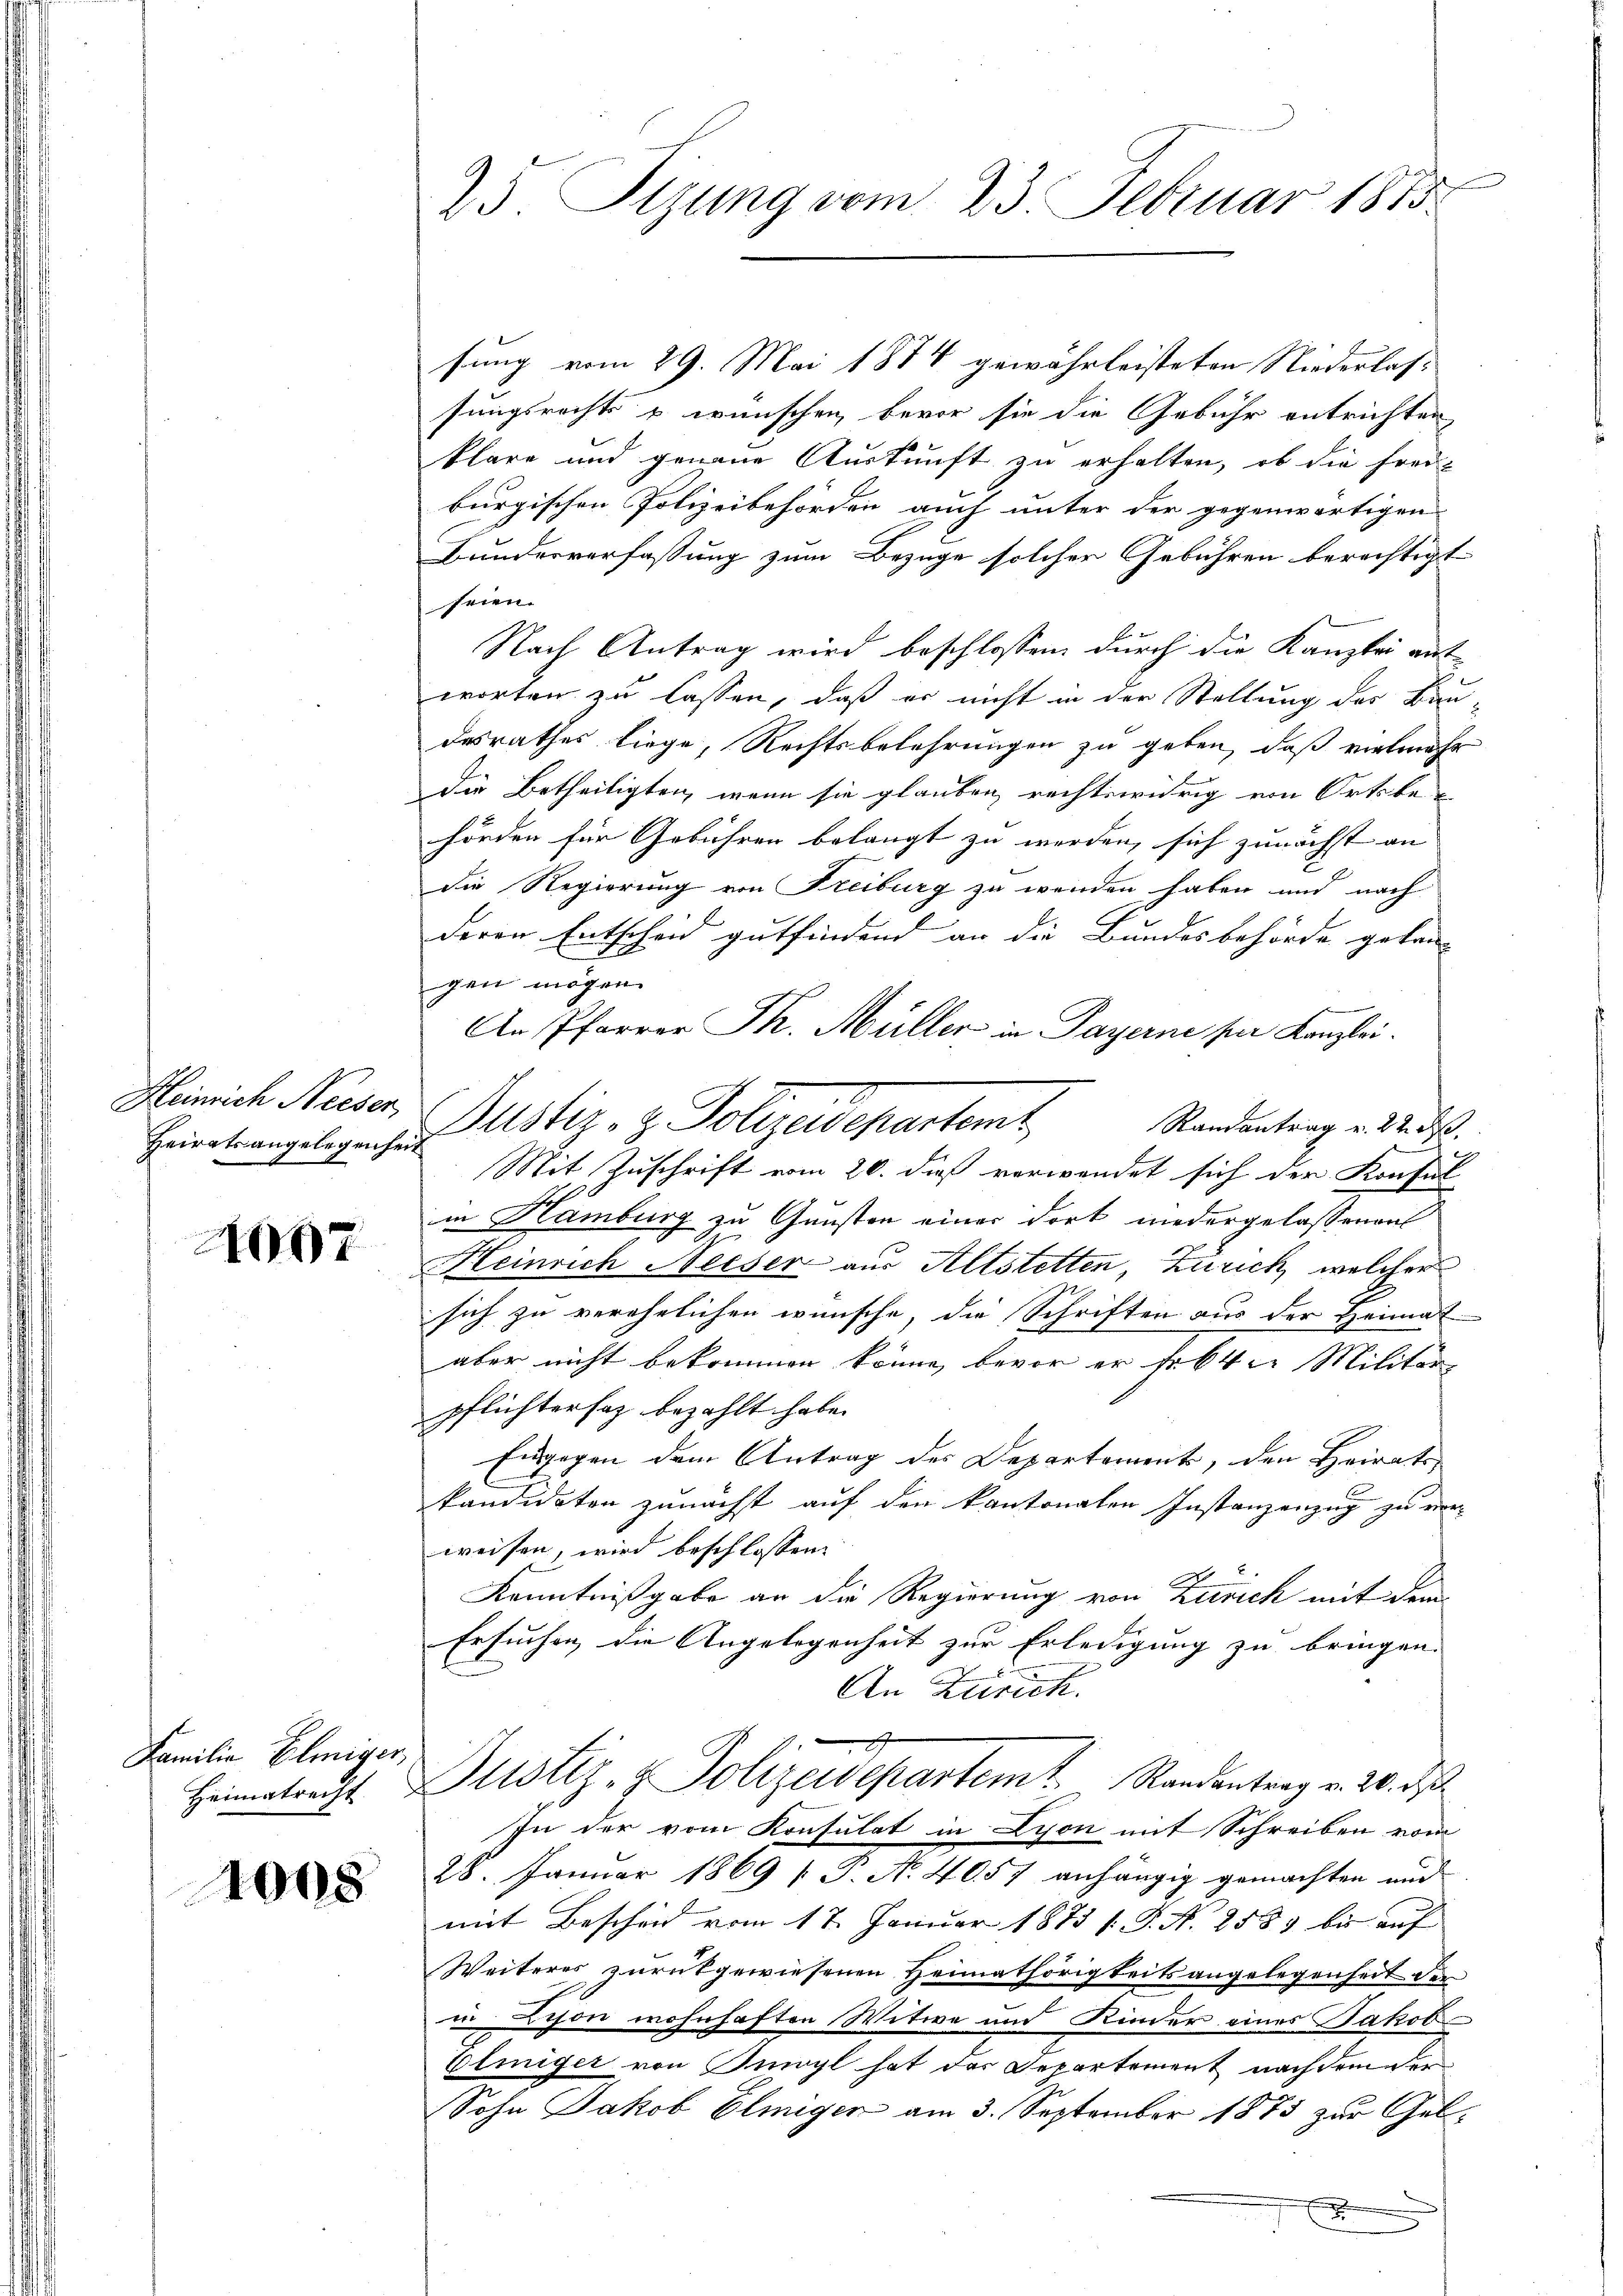
Heinrich Neeser,
Heiratsangelegenheit

1007

Familia Eliniger,

1008

25. Sizung vom 23. Februar 1875

sung vom 29. Mai 1874 gewährleisteten Niederlassungsrechts u wünschen, bevor sie die Gebühr entrichten,
klare und genaue Auskunft zu erhalten, ob die frei-
burgischen Polizeibehörden auch unter der gegenwärtigen
Bundesverfassung zum Bezüge solcher Gebühren berechtigt
seien.
Nach Antrag wird beschlossen durch die Kanzlei ant-
worten zu lassen, daß er nicht in der Stellung des Bau
desrathes liege, Rechtsbelehrungen zu geben, daß vielmehr
die Betheiligten, wenn sie glauben rechtswidrig von Ortsbehörden für Gebühren belangt zu werden, sich zunächst an |
die Regierung von Freiburg zu wenden haben und nach
deren Entscheid gutfindend an die Bundesbehörde gelan- |
gen mögen.
An Pfarrer Th. Müller in Payerne per Kanzlei.
Justiz- & Polizeidepartent
Randantrag v. 22. ds.
Mit Zuschrift vom 20. dieß verwendet sich der Konsul
in Hamburg zu Gunsten einer dort niedergelassenen
Heinrich Neeser aus Altstetten, Zürich, welcher
sich zu verehelichen wünsche, die Schriften aus der Heimat
aber nicht bekommen könne, bevor er fester Militar-
pflichtersatz bezahlt habe.
Engegen dem Antrag des Departement, den Heirats-
b
kandidaten zunächst auf den kantonalen Instanzenzug zu ver-
weisen, wird beschlossen:
Kenntnißgabe an die Regierung von Zürich mit dem
Ersuchen die Angelegenheit zur Erledigung zu bringen.
An Zürich.
A
Heimatrecht Plustiz- & Polizeidepartem Randantrag v. 20. d.
In der vom Konsulat in Lyon mit Schreiben vom
28. Januar 1869 [P. Nr. 4057 anhängig gemachten und
mit Bescheid vom 17. Januar 1873 s. S. N. 2583 bis auf
Weiteres zurükgewiesenen Heimathörigkeitsangelegenheit der
nison wohnhaften Witwe und Kinder eines Jakob
Elmiger von mögl hat des Separtement nachdem der
Sohn Jakob Elmiger am 3. September 1873 zur Gelx